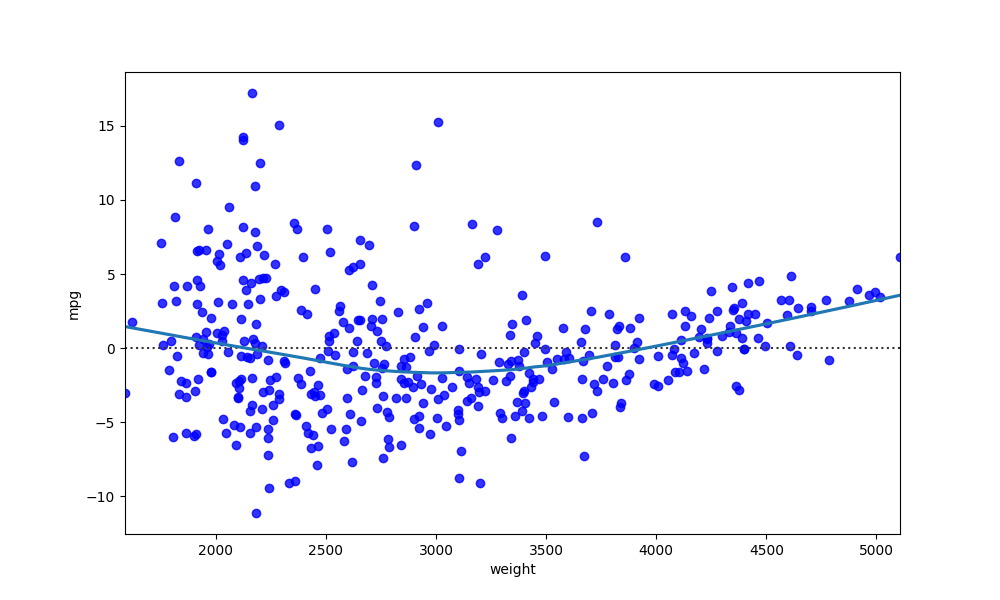
python, seaborn, residplot, lowess=True, scatter_color=blue